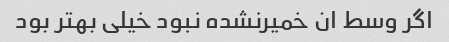
اگر وسط ان خمیرنشده نبود خیلی بهتر بود